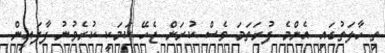
ތި ހާލަތުގައި އެންމެ ފުރަތަމަ ވެސް ކުރަން ޖެހޭ ކަމަކީ ކުރެވުނު ފާފައިން